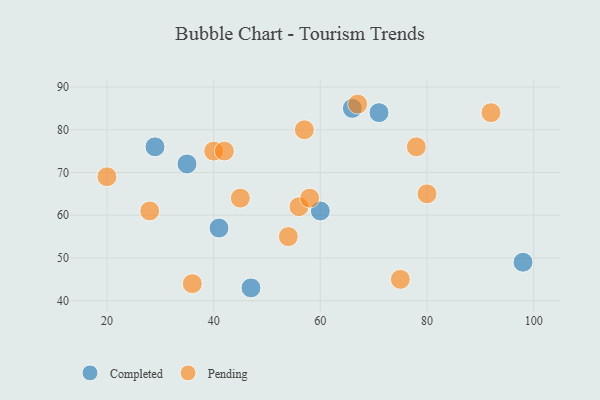
{"axis": {"x": "GDP", "y": "Life Expectancy"}, "legend": ["Completed", "Pending"], "data": [{"x": "66", "y": 85, "type": "Completed"}, {"x": "29", "y": 76, "type": "Completed"}, {"x": "60", "y": 61, "type": "Completed"}, {"x": "47", "y": 43, "type": "Completed"}, {"x": "35", "y": 72, "type": "Completed"}, {"x": "71", "y": 84, "type": "Completed"}, {"x": "41", "y": 57, "type": "Completed"}, {"x": "98", "y": 49, "type": "Completed"}, {"x": "67", "y": 86, "type": "Pending"}, {"x": "75", "y": 45, "type": "Pending"}, {"x": "57", "y": 80, "type": "Pending"}, {"x": "40", "y": 75, "type": "Pending"}, {"x": "20", "y": 69, "type": "Pending"}, {"x": "45", "y": 64, "type": "Pending"}, {"x": "42", "y": 75, "type": "Pending"}, {"x": "92", "y": 84, "type": "Pending"}, {"x": "28", "y": 61, "type": "Pending"}, {"x": "78", "y": 76, "type": "Pending"}, {"x": "56", "y": 62, "type": "Pending"}, {"x": "54", "y": 55, "type": "Pending"}, {"x": "36", "y": 44, "type": "Pending"}, {"x": "80", "y": 65, "type": "Pending"}, {"x": "58", "y": 64, "type": "Pending"}]}